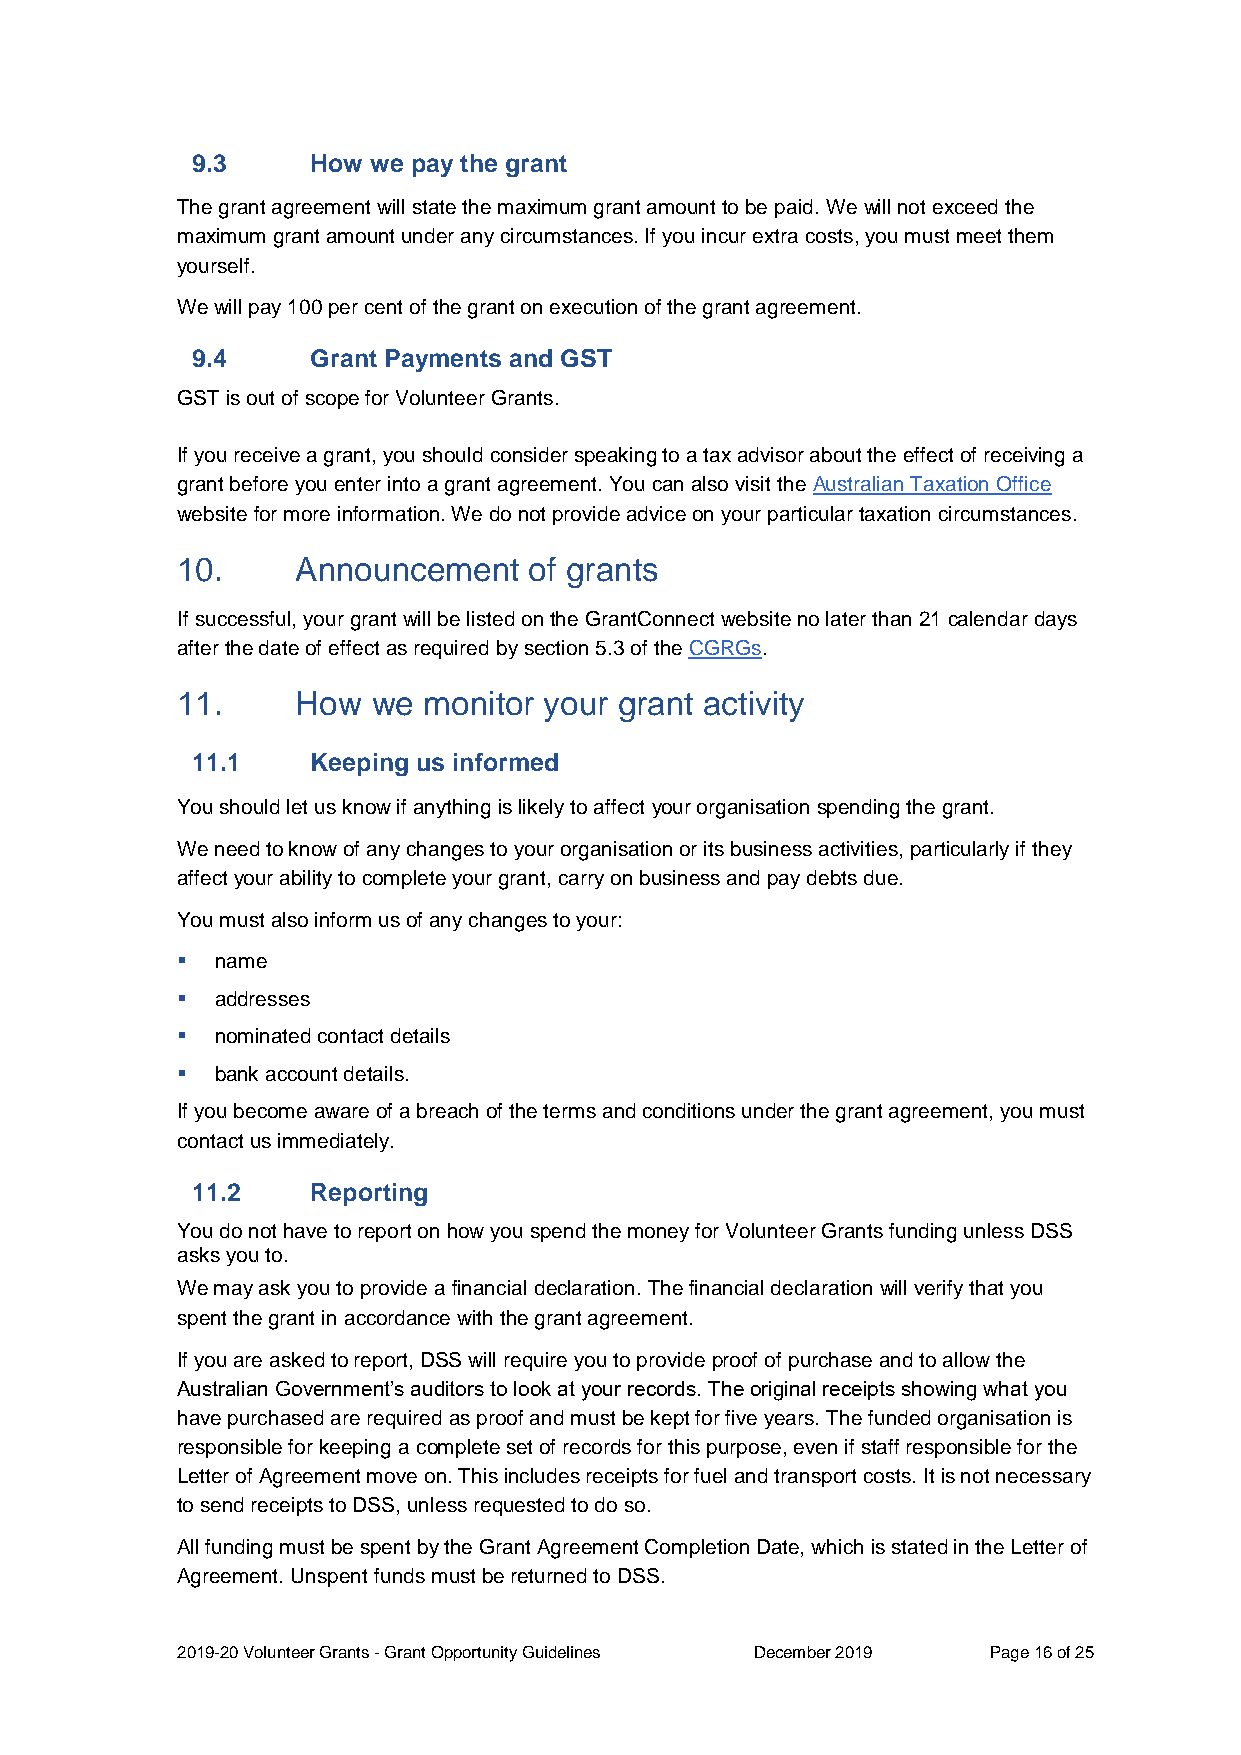
9.3     How we pay the grant
 The grant agreement will state the maximum grant amount to be paid. We will not exceed the
 maximum grant amount under any circumstances. If you incur extra costs, you must meet them
 yourself.
 We will pay 100 per cent of the grant on execution of the grant agreement.
 9.4     Grant Payments and GST
 GST is out of scope for Volunteer Grants.
 If you receive a grant, you should consider speaking to a tax advisor about the effect of receiving a
 grant before you enter into a grant agreement. You can also visit the Australian Taxation Office
 website for more information. We do not provide advice on your particular taxation circumstances.
 10.     Announcement   of grants
 If successful, your grant will be listed on the GrantConnect website no later than 21 calendar days
 after the date of effect as required by section 5.3 of the CGRGs.
 11.     How  we monitor your grant activity
 11.1    Keeping us informed
 You should let us know if anything is likely to affect your organisation spending the grant.
 We need to know of any changes to your organisation or its business activities, particularly if they
 affect your ability to complete your grant, carry on business and pay debts due.
 You must also inform us of any changes to your:
  name
  addresses
  nominated contact details
  bank account details.
 If you become aware of a breach of the terms and conditions under the grant agreement, you must
 contact us immediately.
 11.2    Reporting
 You do not have to report on how you spend the money for Volunteer Grants funding unless DSS
 asks you to.
 We may ask you to provide a financial declaration. The financial declaration will verify that you
 spent the grant in accordance with the grant agreement.
 If you are asked to report, DSS will require you to provide proof of purchase and to allow the
 Australian Government’s auditors to look at your records. The original receipts showing what you
 have purchased are required as proof and must be kept for five years. The funded organisation is
 responsible for keeping a complete set of records for this purpose, even if staff responsible for the
 Letter of Agreement move on. This includes receipts for fuel and transport costs. It is not necessary
 to send receipts to DSS, unless requested to do so.
 All funding must be spent by the Grant Agreement Completion Date, which is stated in the Letter of
 Agreement. Unspent funds must be returned to DSS.
 2019-20 Volunteer Grants - Grant Opportunity Guidelines December 2019 Page 16 of 25